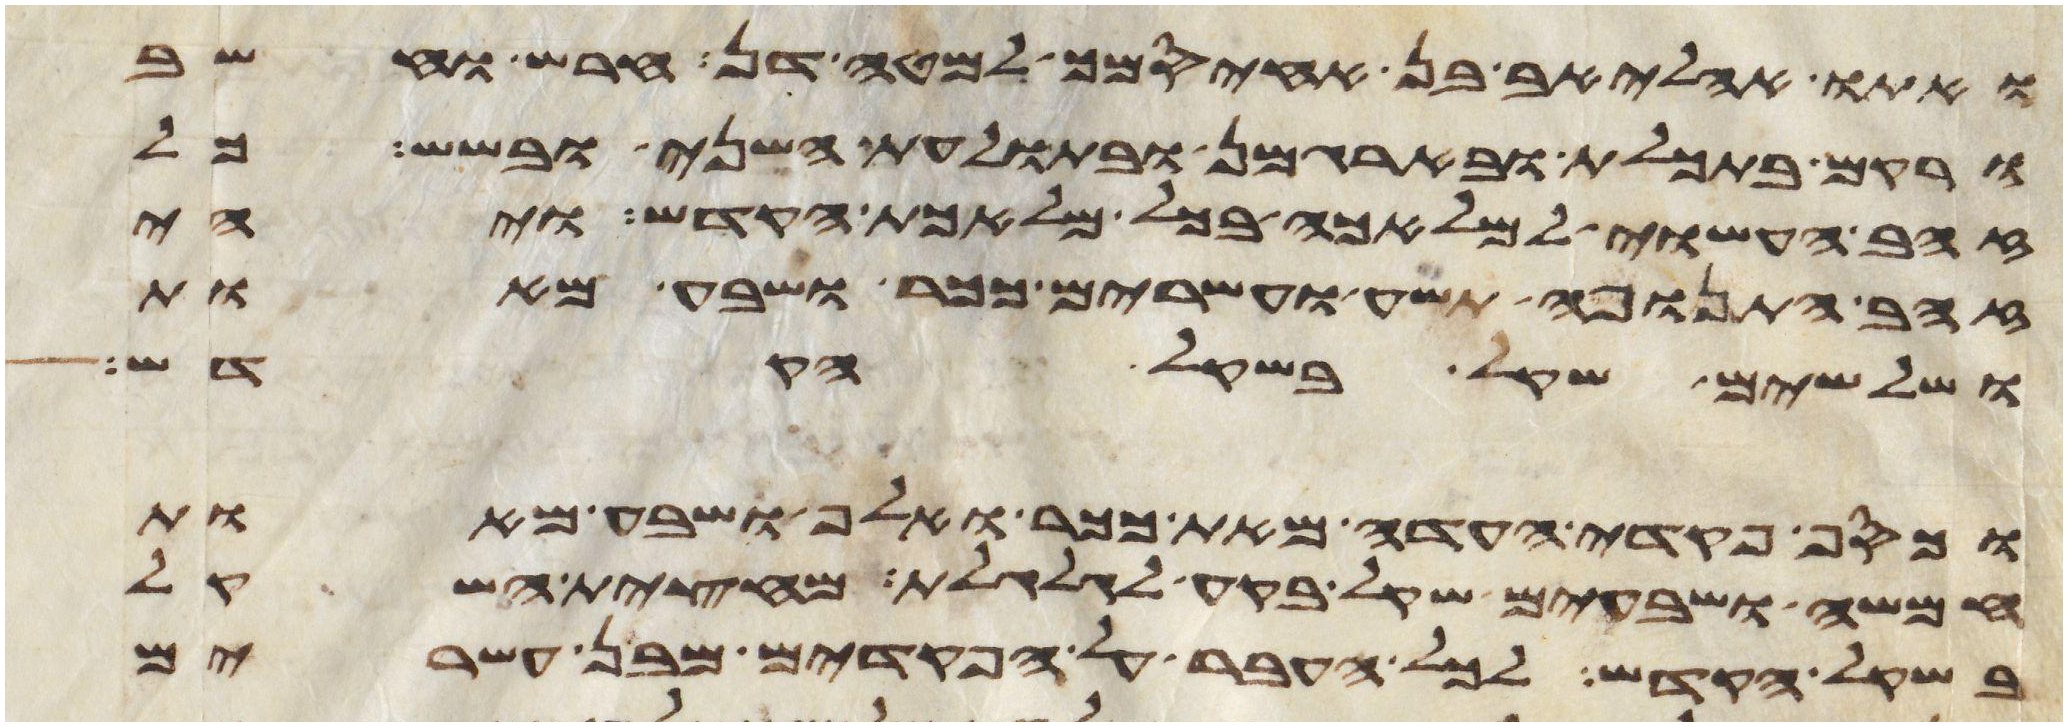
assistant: ואתו אהליאב בן אחיסמך למטה דן חרש וחשב
ורקם בתכלת ובארגמן ובתולעת השני ובשש כל
זהב העשוי למלאכה בכל מלאכת הקדש ויהי
זהב התנופה תשע ועשרים ככר ושבע מאות
ושלשים שקל בשקל הקדש
וכסף פקדי העדה מאת ככר ואלף ושבע מאות
חמשה ושבעים שקל בקע לגלגלת מחצית השקל
בשקל הקדש לכל העבר על הפקדים מבן עשרים